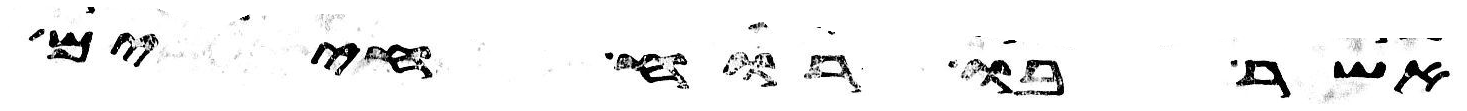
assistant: אשר בו רוח חיים